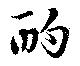
酌